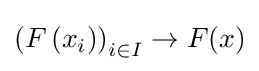
\left(F\left(x_{i}\right)\right)_{i\in I}\to F(x)